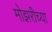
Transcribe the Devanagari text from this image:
मोझरीच्या